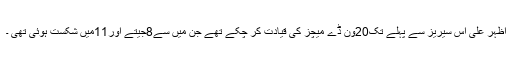
اظہر علی اس سیریز سے پہلے تک20وَن ڈے میچز کی قیادت کر چکے تھے جن میں سے8جیتے اور11میں شکست ہوئی تھی ۔